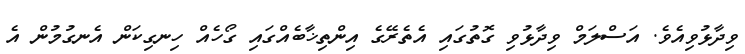
ވިދާޅުވިއެވެ. އަސްލަމް ވިދާޅުވި ގޮތުގައި އެތެރޭގެ އިންތިޚާބެއްގައި ގޯހެއް ހިނގިކަން އެނގުމުން އެ